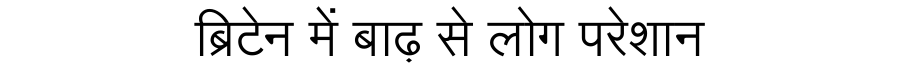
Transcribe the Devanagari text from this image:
ब्रिटेन में बाढ़ से लोग परेशान